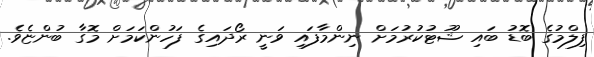
ފިލްމުގެ ބޮޑު ބައި ޝޫޓުކުރުމަށް ނިންމާފައި ވަނީ ރޯދައިގެ ފަހުންކަމަށް މޮގާ ބުންޏެވެ.